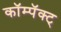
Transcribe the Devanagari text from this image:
कॉम्पॅक्ट्